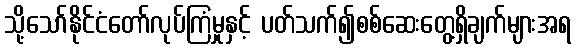
သို့သော်နိုင်ငံတော်လုပ်ကြံမှုနှင့် ပတ်သက်၍စစ်ဆေးတွေ့ရှိချက်များအရ